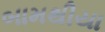
બામથીયા